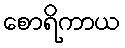
စောရိကာယ